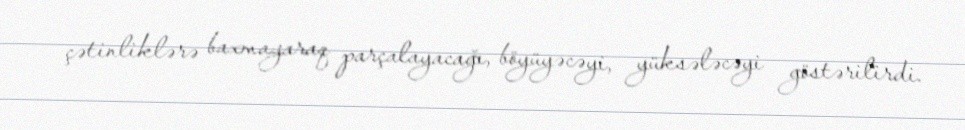
çətinliklərə baxmayaraq parçalayacağı, böyüyəcəyi, yüksələcəyi göstərilirdi.